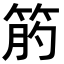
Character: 𥭖